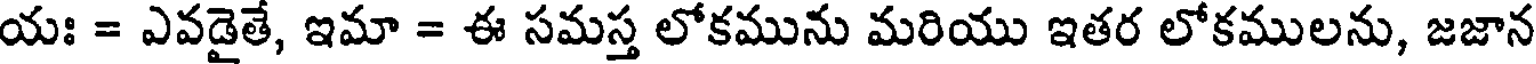
యః = ఎవడైతే, ఇమా = ఈ సమస్త లోకమును మరియు ఇతర లోకములను, జజాన